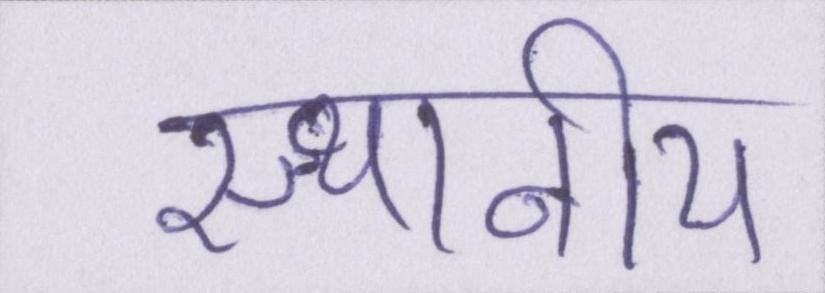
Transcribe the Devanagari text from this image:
स्थानीय